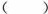
（ ）